Madras plague regulations in force outside the Presidency town - Volume 6
Disease focus: Plague
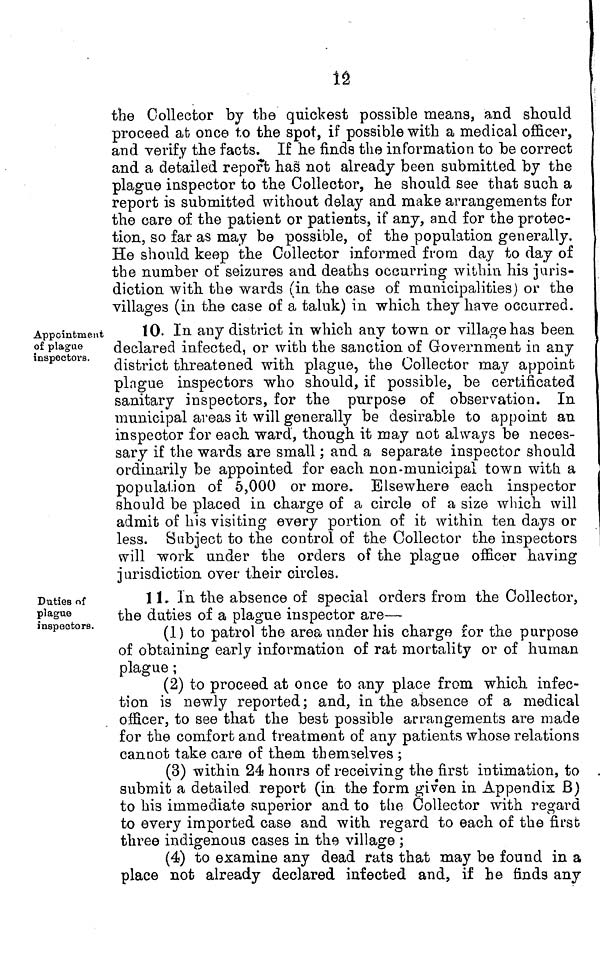
12
the Collector by the quickest possible means, and should
proceed at once to the spot, if possible with a medical officer,
and verify the facts. If he finds the information to be correct
and a detailed report has not already been submitted by the
plague inspector to the Collector, he should see that such a
report is submitted without delay and make arrangements for
the care of the patient or patients, if any, and for the protec-
tion, so far as may be possible, of the population generally.
He should keep the Collector informed from day to day of
the number of seizures and deaths occurring within his juris-
diction with the wards (in the case of municipalities) or the
villages (in the case of a taluk) in which they have occurred.
Appointment
of plague
inspectors.
10. In any district in which any town or village has been
declared infected, or with the sanction of Government in any
district threatened with plague, the Collector may appoint
pingue inspectors who should, if possible, be certificated
sanitary inspectors, for the purpose of observation. In
municipal areas it will generally be desirable to appoint an
inspector for each ward, though it may not always be neces-
sary if the wards are small ; and a separate inspector should
ordinarily be appointed for each non-municipal town with a
population of 5,000 or more. Elsewhere each inspector
should be placed in charge of a circle of a size which will
admit of his visiting every portion of it within ten days or
less. Subject to the control of the Collector the inspectors
will work under the orders of the plague officer having
jurisdiction over their circles.
Duties of
plague
inspectors.
11. In the absence of special orders from the Collector,
the duties of a plague inspector are—
(1) to patrol the area under his charge for the purpose
of obtaining early information of rat mortality or of human
plague ;
(2) to proceed at once to any place from which infec-
tion is newly reported; and, in the absence of a medical
officer, to see that the best possible arrangements are made
for the comfort and treatment of any patients whose relations
cannot take care of them themselves ;
(3) within 24 hours of receiving the first intimation, to
submit a detailed report (in the form given in Appendix B)
to his immediate superior and to the Collector with regard
to every imported case and with regard to each of the first
three indigenous cases in the village ;
(4) to examine any dead rats that may be found in a
place not already declared infected and, if he finds any